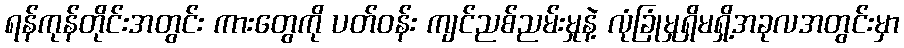
ရန်ကုန်တိုင်းအတွင်း ကားတွေကို ပတ်ဝန်း ကျင်ညစ်ညမ်းမှုနဲ့ လုံခြုံမှုရှိမရှိ့အခုလအတွင်းမှာ